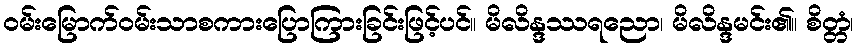
ဝမ်းမြောက်ဝမ်းသာစကားပြောကြားခြင်းဖြင့်ပင်။ မိလိန္ဒဿရညော၊ မိလိန္ဒမင်း၏။ စိတ္တံ၊